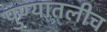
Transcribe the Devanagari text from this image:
पुण्यातलीच